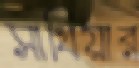
সাথিয়ার